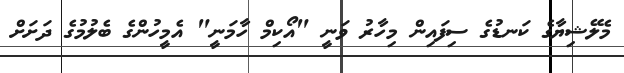
މެލޭޝިޔާގެ ކަނޑުގެ ސިފައިން މިހާރު ވަނީ "އޯކިމް ހާމަނީ" އެމީހުންގެ ބެލުމުގެ ދަށަށް